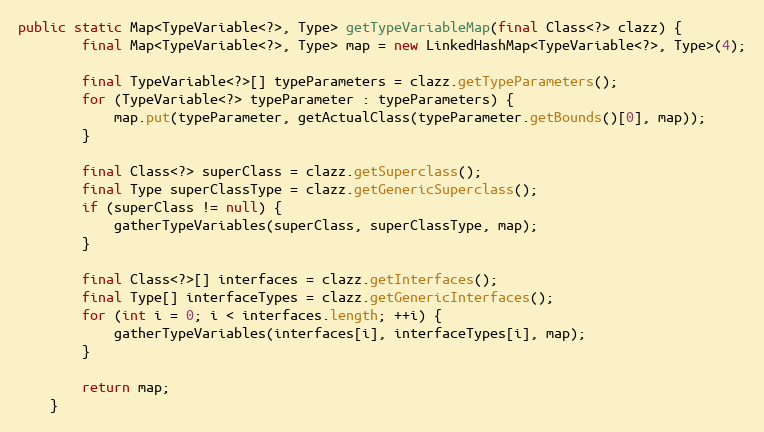
Language: Java
public static Map<TypeVariable<?>, Type> getTypeVariableMap(final Class<?> clazz) {
        final Map<TypeVariable<?>, Type> map = new LinkedHashMap<TypeVariable<?>, Type>(4);

        final TypeVariable<?>[] typeParameters = clazz.getTypeParameters();
        for (TypeVariable<?> typeParameter : typeParameters) {
            map.put(typeParameter, getActualClass(typeParameter.getBounds()[0], map));
        }

        final Class<?> superClass = clazz.getSuperclass();
        final Type superClassType = clazz.getGenericSuperclass();
        if (superClass != null) {
            gatherTypeVariables(superClass, superClassType, map);
        }

        final Class<?>[] interfaces = clazz.getInterfaces();
        final Type[] interfaceTypes = clazz.getGenericInterfaces();
        for (int i = 0; i < interfaces.length; ++i) {
            gatherTypeVariables(interfaces[i], interfaceTypes[i], map);
        }

        return map;
    }